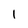
Character: I